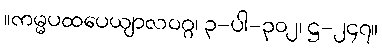
။ကမ္မပထပေယျာလဝဂ္ဂ၊ ၃-ပါ-၃၀၂၊ ဋ္ဌ-၂၄၇။